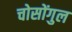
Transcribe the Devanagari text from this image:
चोसोंगुल